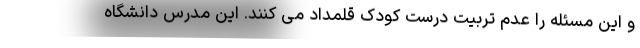
و این مسئله را عدم تربیت درست کودک قلمداد می کنند. این مدرس دانشگاه